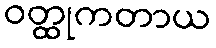
ဝတ္ထုကတာယ